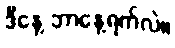
ဒီနေ့ ဘာနေ့ရက်လဲ။